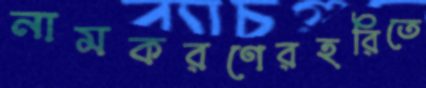
নামকরণেরহরিতে